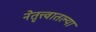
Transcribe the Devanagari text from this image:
नेतृत्त्वातल्या